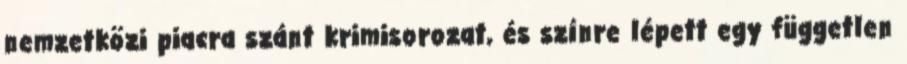
nemzetközi piacra szánt krimisorozat, és színre lépett egy független